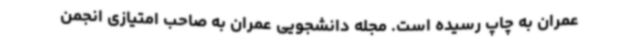
عمران به چاپ رسیده است. مجله دانشجویی عمران به صاحب امتیازی انجمن